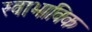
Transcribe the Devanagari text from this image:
स्‍वाभाविक